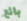
بائع